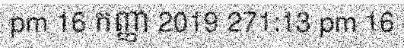
pm 16 កញ្ញា 2019 271:13 pm 16